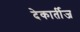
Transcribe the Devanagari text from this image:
देकार्तीज